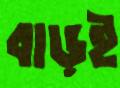
বাড়ই